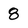
Character: 8